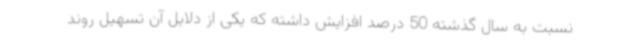
نسبت به سال گذشته 50 درصد افزایش داشته که یکی از دلایل آن تسهیل روند